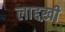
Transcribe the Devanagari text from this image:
लाद्दख़ी